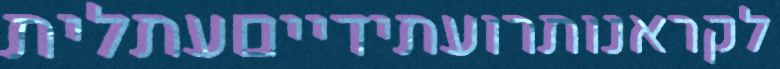
לקראנותרועתידייםעתלית